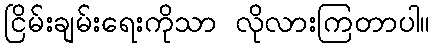
ငြိမ်းချမ်းရေးကိုသာ လိုလားကြတာပါ။